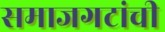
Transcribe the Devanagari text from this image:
समाजगटांची